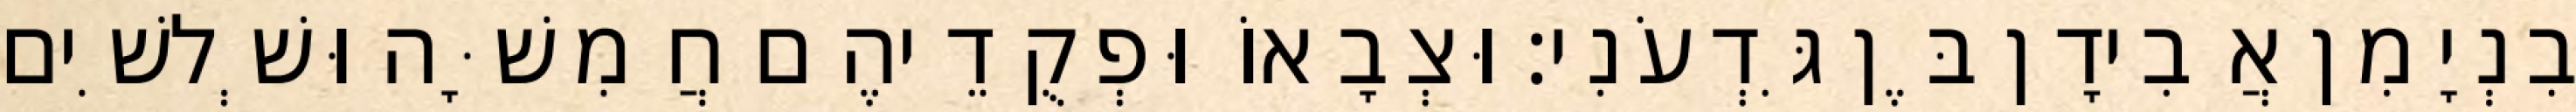
בִנְיָמִן אֲבִידָן בֶּן גִּדְעֹנִי׃ וּצְבָאוֹ וּפְקֻדֵיהֶם חֲמִשָּׁה וּשְׁלשִׁים